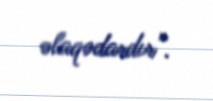
əlaqədardır".